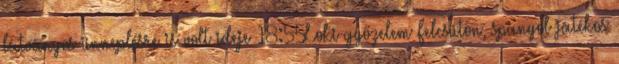
látványos ünneplésre is volt ideje 18:55Loki-győzelem Felcsúton, spanyol játékos